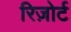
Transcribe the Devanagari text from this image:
रिज़ोर्ट